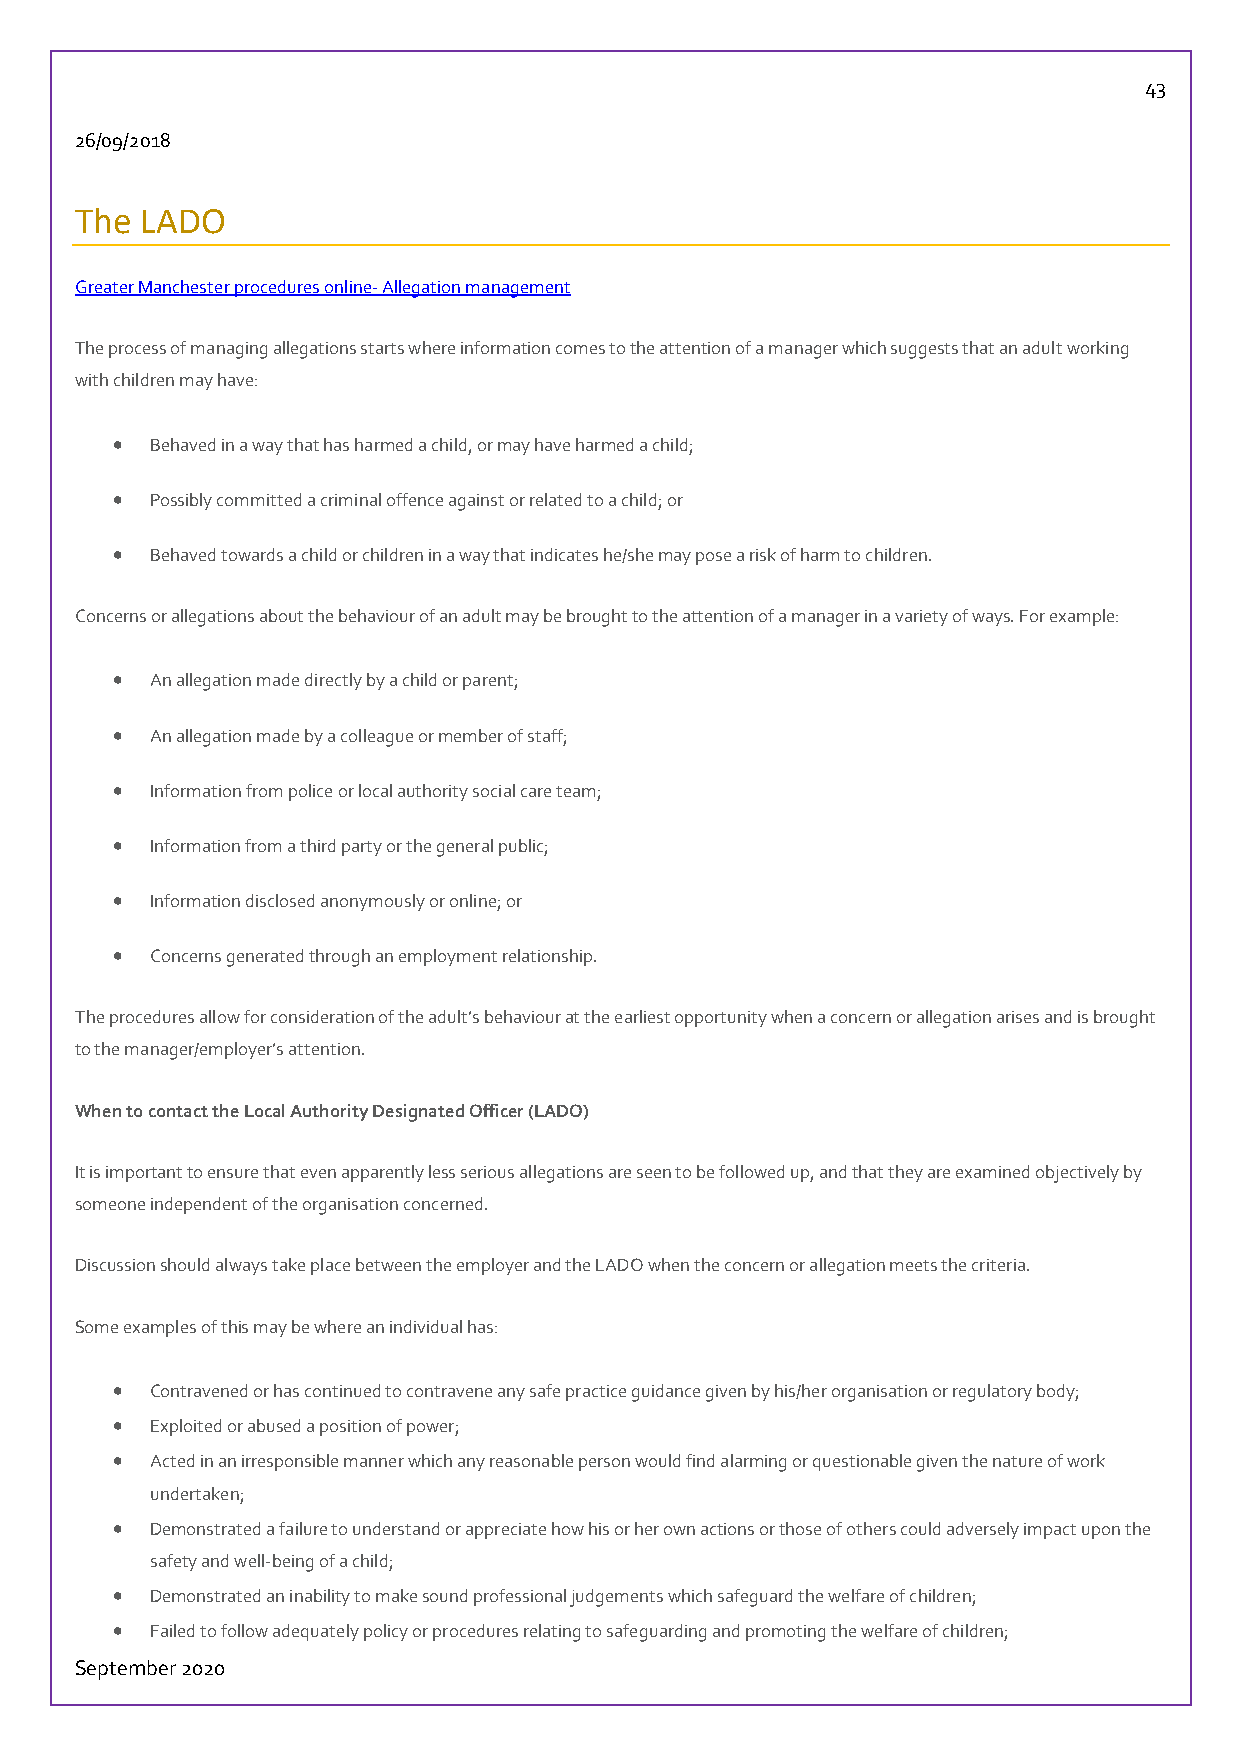
43
 26/09/2018
 The LADO
 Greater Manchester procedures online- Allegation management
 The process of managing allegations starts where information comes to the attention of a manager which suggests that an adult working
 with children may have:
   Behaved in a way that has harmed a child, or may have harmed a child;
   Possibly committed a criminal offence against or related to a child; or
   Behaved towards a child or children in a way that indicates he/she may pose a risk of harm to children.
 Concerns or allegations about the behaviour of an adult may be brought to the attention of a manager in a variety of ways. For example:
   An allegation made directly by a child or parent;
   An allegation made by a colleague or member of staff;
   Information from police or local authority social care team;
   Information from a third party or the general public;
   Information disclosed anonymously or online; or
   Concerns generated through an employment relationship.
 The procedures allow for consideration of the adult’s behaviour at the earliest opportunity when a concern or allegation arises and is brought
 to the manager/employer’s attention.
 When to contact the Local Authority Designated Officer (LADO)
 It is important to ensure that even apparently less serious allegations are seen to be followed up, and that they are examined objectively by
 someone independent of the organisation concerned.
 Discussion should always take place between the employer and the LADO when the concern or allegation meets the criteria.
 Some examples of this may be where an individual has:
   Contravened or has continued to contravene any safe practice guidance given by his/her organisation or regulatory body;
   Exploited or abused a position of power;
   Acted in an irresponsible manner which any reasonable person would find alarming or questionable given the nature of work
 undertaken;
   Demonstrated a failure to understand or appreciate how his or her own actions or those of others could adversely impact upon the
 safety and well-being of a child;
   Demonstrated an inability to make sound professional judgements which safeguard the welfare of children;
   Failed to follow adequately policy or procedures relating to safeguarding and promoting the welfare of children;
 September 2020